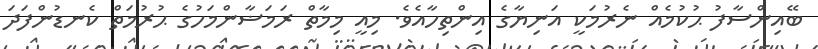
ބޭއިންސާފު ޙުކުމެއް ނެރުމަކީ އަނިޔާގެ އިންތިހާއެވެ. މިއީ މިމާތް ރަމަޟާންމަހުގެ ޙުރުމަތް ކެނޑުންފަދަ